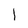
Character: l